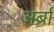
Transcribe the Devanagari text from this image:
अर्ब्रा